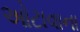
ઓટાવાના